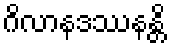
ဂိလာနဒဿနန္တိ